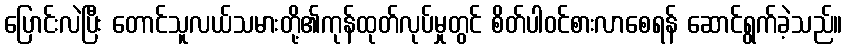
ပြောင်းလဲပြီး တောင်သူလယ်သမားတို့၏ကုန်ထုတ်လုပ်မှုတွင် စိတ်ပါဝင်စားလာစေရန် ဆောင်ရွက်ခဲ့သည်။